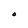
Character: O